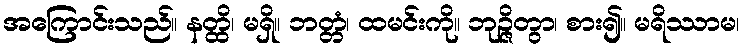
အကြောင်းသည်။ နတ္ထိ၊ မရှိ။ ဘတ္တံ၊ ထမင်းကို။ ဘုဉ္ဇိတွာ၊ စား၍။ မရိဿာမ၊